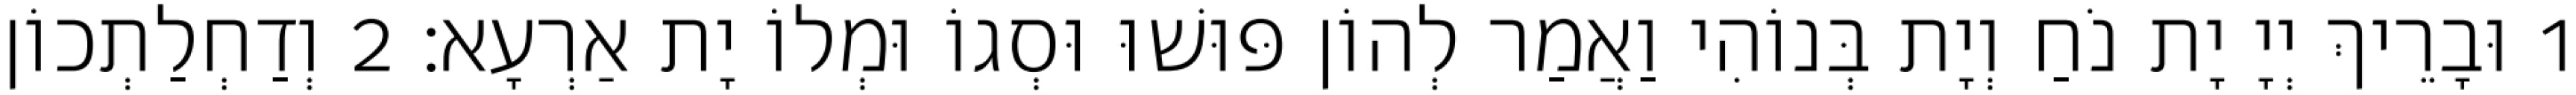
1 וּבָרֵיךְ יְיָ יָת נֹחַ וְיָת בְּנוֹהִי וַאֲמַר לְהוֹן פּוּשׁוּ וּסְגוֹ וּמְלוֹ יָת אַרְעָא׃ 2 וְדַחְלַתְכוֹן